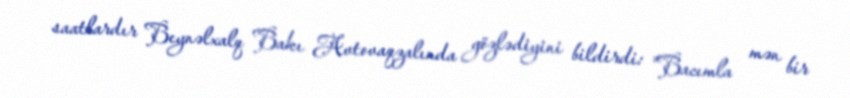
saatlardır Beynəlxalq Bakı Avtovaqzalında gözlədiyini bildirdi: "Bacımla mən bir